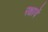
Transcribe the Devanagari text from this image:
रक्षावें